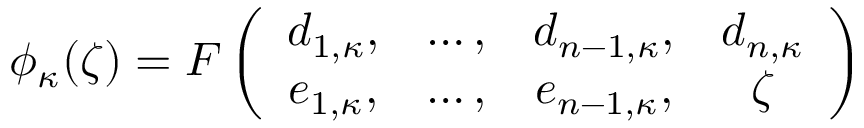
\phi _ { \kappa } ( \zeta ) = F \left( \begin{array} { c c c c } { { d _ { 1 , \kappa } , } } & { { \dots , } } & { { d _ { n - 1 , \kappa } , } } & { { d _ { n , \kappa } } } \\ { { e _ { 1 , \kappa } , } } & { { \dots , } } & { { e _ { n - 1 , \kappa } , } } & { { \zeta } } \end{array} \right)